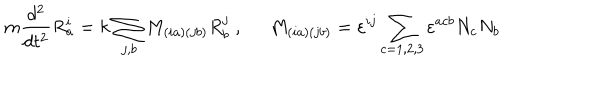
m \frac { d ^ { 2 } } { d t ^ { 2 } } R _ { a } ^ { i } = k \, \sum _ { j , b } M _ { \left( i a \right) \left( j b \right) } R _ { b } ^ { j } \; , \; \; M _ { \left( i a \right) \left( j b \right) } = \varepsilon ^ { i j } \sum _ { c = 1 , 2 , 3 } \varepsilon ^ { a c b } N _ { c } N _ { b }